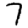
Digit: 7